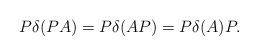
LaTeX: \begin{align*}P\delta(PA)=P\delta(AP)=P\delta(A)P. \end{align*}